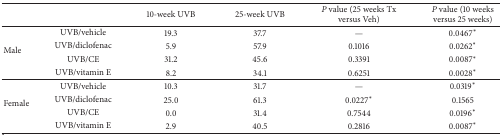
|  |  | 10-week UVB | 25-week UVB | P value (25 weeks Tx versus Veh) | P value (10 weeks versus 25 weeks) |
 | --- | --- | --- | --- | --- | --- |
 | <ROWSPAN=4> Male | UVB/vehicle | 19.3 | 37.7 | — | 0.0467* |
 | UVB/diclofenac | 5.9 | 57.9 | 0.1016 | 0.0262* |
 | UVB/CE | 31.2 | 45.6 | 0.3391 | 0.0087* |
 | UVB/vitamin E | 8.2 | 34.1 | 0.6251 | 0.0028* |
 | <ROWSPAN=4> Female | UVB/vehicle | 10.3 | 31.7 | — | 0.0319* |
 | UVB/diclofenac | 25.0 | 61.3 | 0.0227* | 0.1565 |
 | UVB/CE | 0.0 | 31.4 | 0.7544 | 0.0196* |
 | UVB/vitamin E | 2.9 | 40.5 | 0.2816 | 0.0087* |